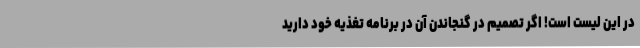
در این لیست است! اگر تصمیم در گنجاندن آن در برنامه تغذیه خود دارید